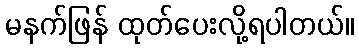
မနက်ဖြန် ထုတ်ပေးလို့ရပါတယ်။